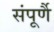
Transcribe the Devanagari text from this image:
संपूर्णै